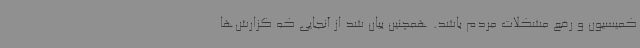
کمیسیون و رفع مشکلات مردم باشد. همچنین بیان شد از آنجایی که گزارش‌ها